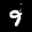
Label: 9